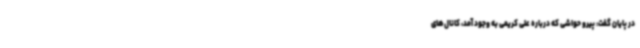
در پایان گفت: پیرو حواشی که درباره علی کریمی به وجود آمد، کانال‌های